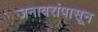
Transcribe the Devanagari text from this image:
जनावरांपासून